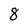
Character: 8